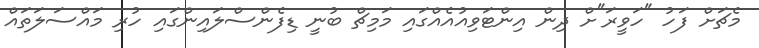
މެޗަށް ފަހު "ހަވީރަ"ށް ދިން އިންޓަވިއުއެއްގައި މަމިޗް ބުނީ ޑިފެންސްލައިންގައި ހުރި މައްސަލަތައް